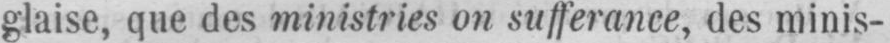
glaise, que des ministries on sufferance, des minis-